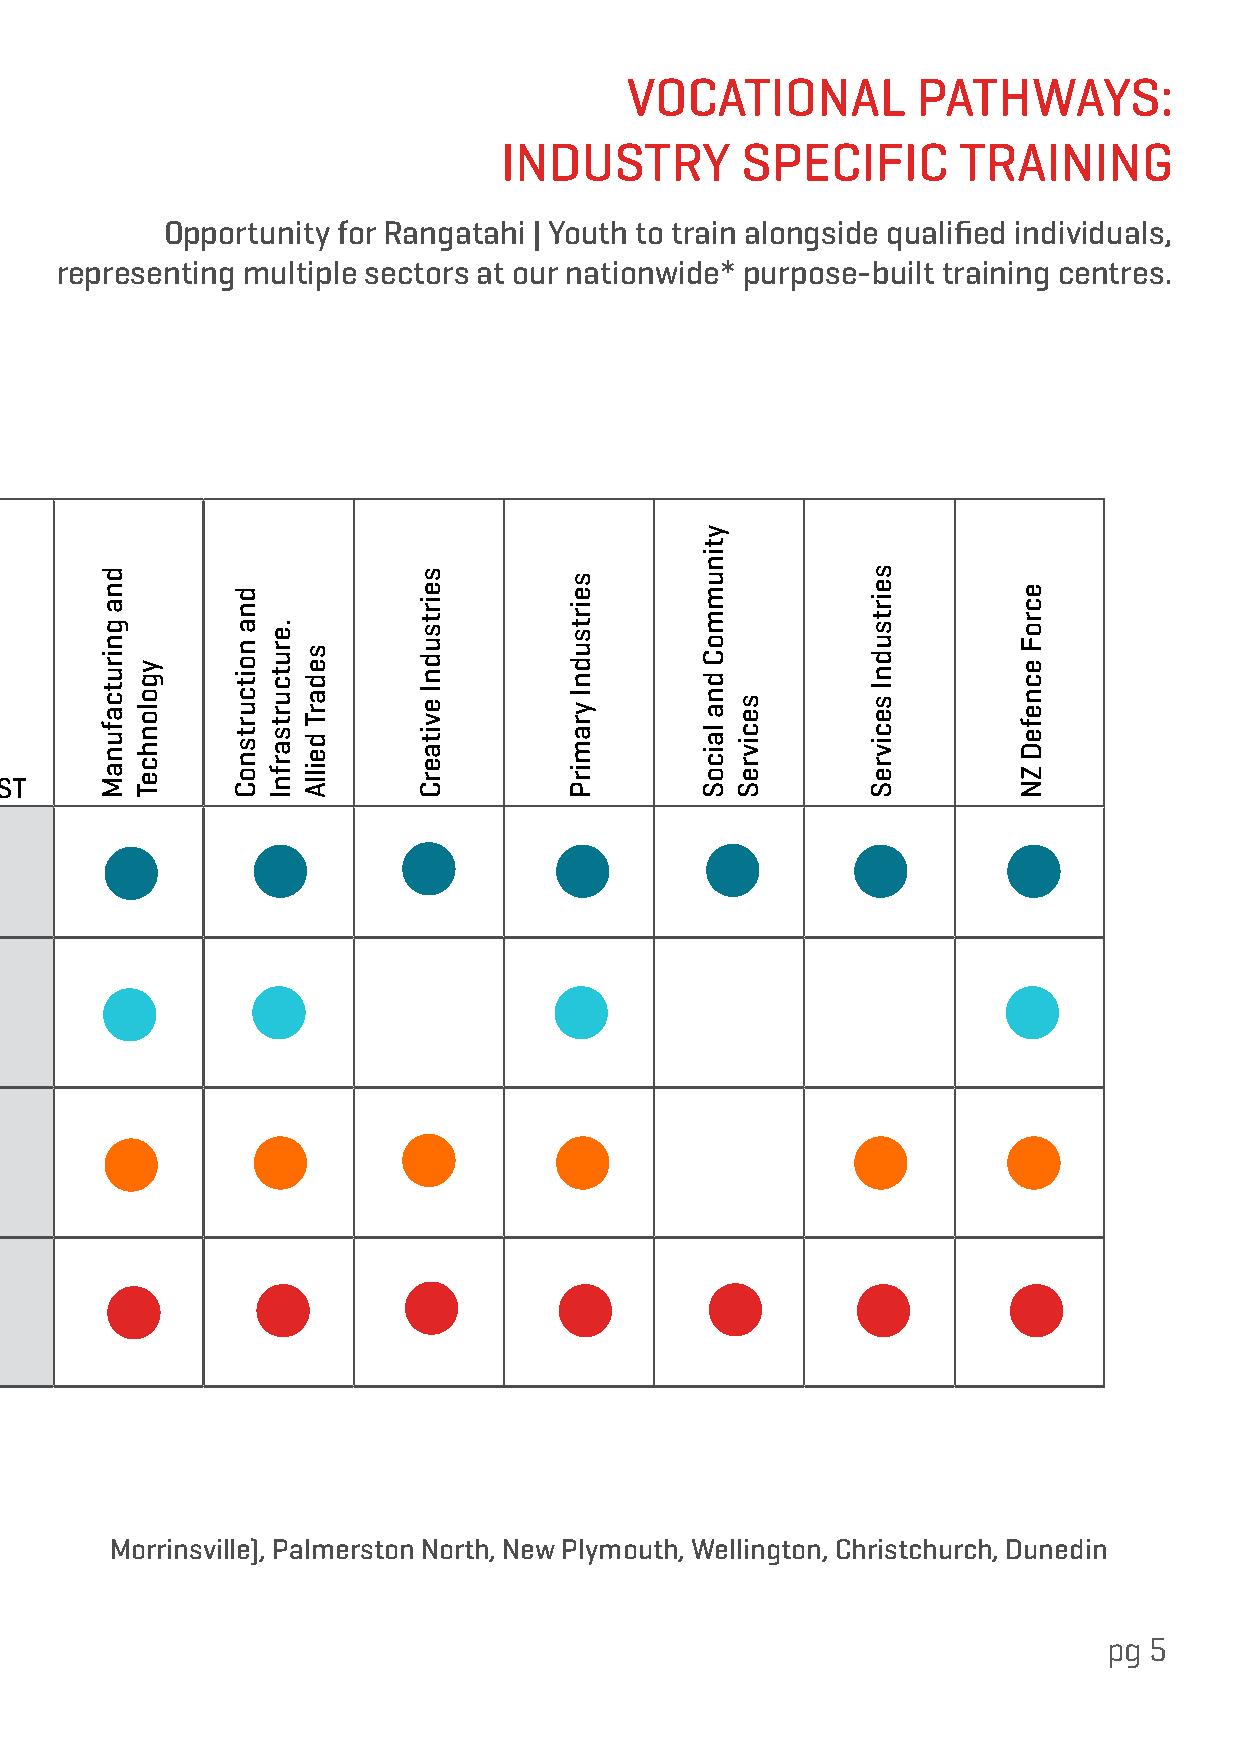
VOCATIONAL          PATHWAYS:
 INDUSTRY        SPECIFIC      TRAINING
 Opportunity for Rangatahi | Youth to train alongside qualified individuals,
 representing multiple sectors at our nationwide* purpose-built training centres.
 NZQA Unit Available Price Per
 Standards Credits Level Person +GST
 Fire Extinguisher 3271, 4647 2 2, 2 $145
 Mobile Elevated Work Platform 23960, 23962,
 10 3, 4, 3 $420
 Minimum 16 years+ 23966
 Height Safety Introduction 17600, 23229,
 11 3, 4, 4 $240
 Minimum age 15 years+ 25045
 Hazard and Risk Management 00497, 30265 11 8, 3 $240
 Nationwide training centres *Whangarei, Auckland (Albany, Highbrook), Waikato (Hamilton, Morrinsville), Palmerston North, New Plymouth, Wellington, Christchurch, Dunedin
 pg 5
 dna
 gnirutcafunaM
 ygolonhceT
 dna
 noitcurtsnoC
 .erutcurtsarfnI
 sedarT
 deillA
 seirtsudnI
 evitaerC
 seirtsudnI
 yramirP
 ytinummoC
 dna
 laicoS
 secivreS
 seirtsudnI
 secivreS
 ecroF
 ecnefeD
 ZN